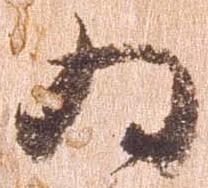
為